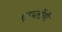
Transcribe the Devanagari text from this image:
एम्प्लॉयी